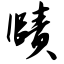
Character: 赜